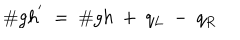
{ \# } g h ^ { ' } ~ = ~ { \# } g h ~ + ~ q _ { L } ~ - ~ q _ { R }